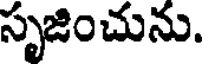
సృజించును.